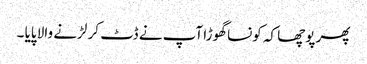
پھر پوچھا کہ کونسا گھوڑا آپ نے ڈٹ کر لڑنے والا پایا ۔